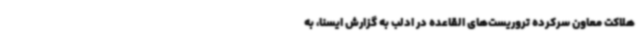
هلاکت معاون سرکرده تروریست‌های القاعده در ادلب به گزارش ایسنا، به